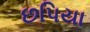
છપિયા